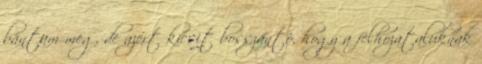
bántam meg, de azért kicsit bosszantó, hogy a felhozataluknak